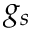
g _ { s }